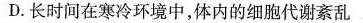
D.长时间在寒冷环境中，体内的细胞代谢紊乱